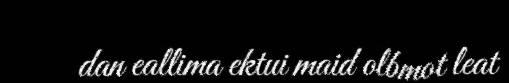
dan eallima ektui maid olbmot leat